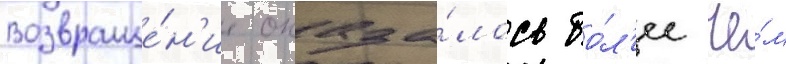
Возвраще́н'ие оказа́лось бо́л'ее че́м